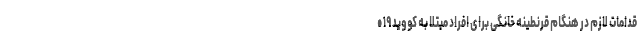
قدامات لازم در هنگام قرنطینه خانگی برای افراد مبتلا به کووید ۱۹ •